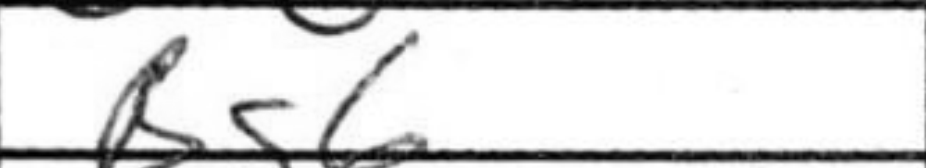
Transcription: Bg6